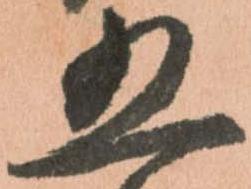
五